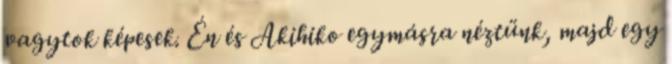
vagytok képesek. Én és Akihiko egymásra néztünk, majd egy